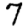
Digit: 7